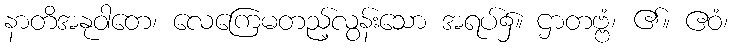
နာတိအနုဝါတေ၊ လေကြေမတည့်လွန်းသော အရပ်၌။ ဌာတဗ္ဗံ၊ ၏။ ဧဝံ၊